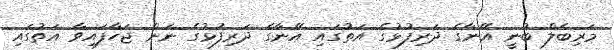
މަރިބެލް ބުނީ އޭނާގެ ދަރިފުޅުގެ އަތުގައި އޭނާގެ ދަރިފުޅުގެ ނަން ޖަހާފައިވާ އަތުގައި